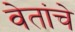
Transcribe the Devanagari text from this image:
वेतांचे